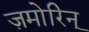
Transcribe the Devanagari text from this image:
ज़मोरिन्